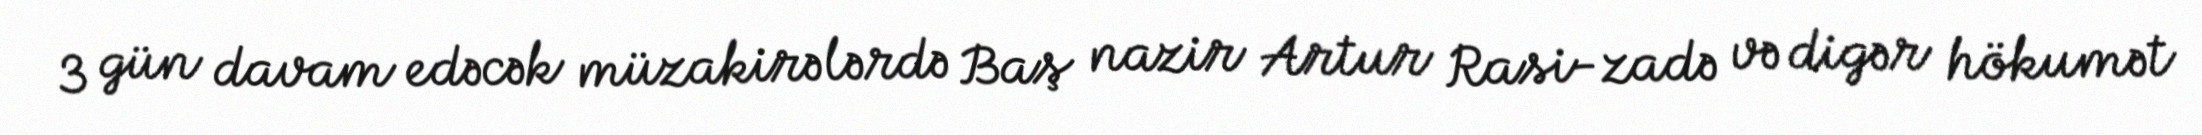
3 gün davam edəcək müzakirələrdə Baş nazir Artur Rasi-zadə və digər hökumət